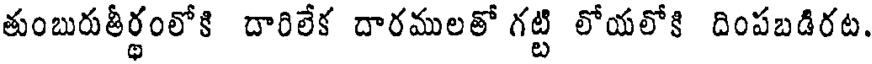
తుంబురుతీర్థంలోకి దారిలేక దారములతో గట్టి లోయలోకి దింపబడిరట.